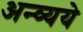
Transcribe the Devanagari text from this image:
अन्व्यये